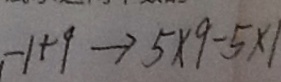
- 1 + 9 \rightarrow 5 \times 9 - 5 \times 1